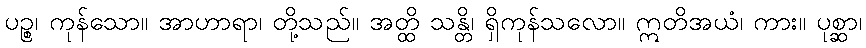
ပဉ္စ၊ ကုန်သော။ အာဟာရာ၊ တို့သည်။ အတ္ထိ သန္တိ၊ ရှိကုန်သလော။ ဣတိအယံ၊ ကား။ ပုစ္ဆာ၊